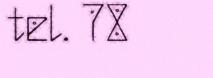
tel. 78